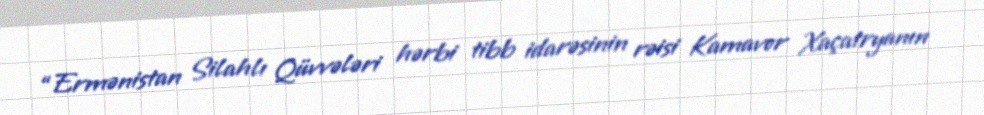
“Ermənistan Silahlı Qüvvələri hərbi tibb idarəsinin rəisi Kamavor Xaçatryanın